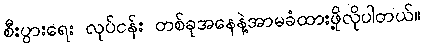
စီးပွားရေး လုပ်ငန်း တစ်ခုအနေနဲ့အာမခံထားဖို့လိုပါတယ်။